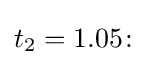
t_{2}=1.05\colon